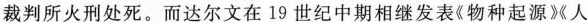
裁判所火刑处死。而达尔文在19世纪中期相继发表《物种起源》《人